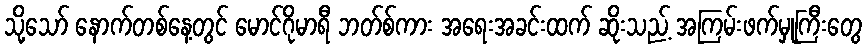
သို့သော် နောက်တစ်နေ့တွင် မောင်ဂိုမာရီ ဘတ်စ်ကား အရေးအခင်းထက် ဆိုးသည့် အကြမ်းဖက်မှုကြီးတွေ